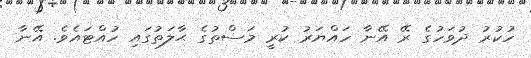
ހުކުރު ދުވަހުގެ ރޭ އޭނާ ހައްޔަރު ކުރީ މަސްތުގެ ޙާލަތުގައި ހުއްޓައެވެ. އޭނާ